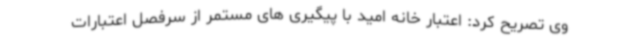
وی تصریح کرد: اعتبار خانه امید با پیگیری های مستمر از سرفصل اعتبارات